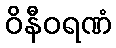
ဝိနီဝရဏံ